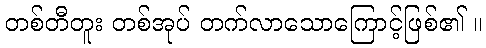
တစ်တီတူး တစ်အုပ် တက်လာသောကြောင့်ဖြစ်၏ ။